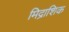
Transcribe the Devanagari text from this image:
मिद्राशिक